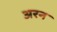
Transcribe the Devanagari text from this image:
अरन